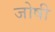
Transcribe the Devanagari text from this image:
जोषी